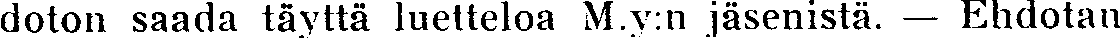
doton saada täyttä luetteloa M.y:n jäsenistä. — Ehdotan